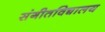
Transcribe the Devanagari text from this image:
संगीतविद्यालय